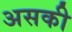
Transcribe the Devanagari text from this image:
असकी